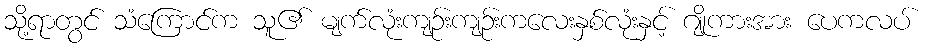
သို့ရာတွင် သံကြောင်က သူ၏ မျက်လုံးကျဉ်းကျဉ်းကလေးနှစ်လုံးနှင့် ဂျိုကားအား ပေကလပ်